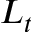
L _ { t }